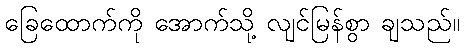
ခြေထောက်ကို အောက်သို့ လျင်မြန်စွာ ချသည်။